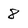
Character: 8